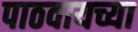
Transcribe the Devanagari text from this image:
पाठवायच्या